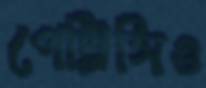
পেট্রিসিও